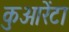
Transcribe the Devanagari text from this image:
कुआरेंटा